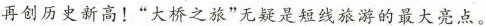
再创历史新高！“大桥之旅”无疑是短线旅游的最大亮点